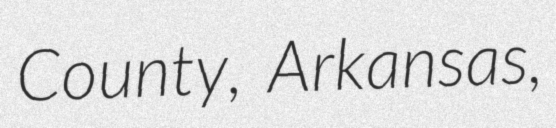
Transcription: County, Arkansas,